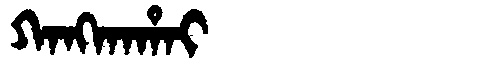
Manchu: ᡴᠠᠩᡴᠠᡥᠠᡳ
Romanization: KANGKAHAI